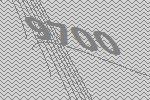
9700